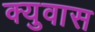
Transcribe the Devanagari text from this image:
क्युवास